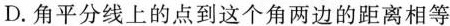
D.角平分线上的点到这个角两边的距离相等